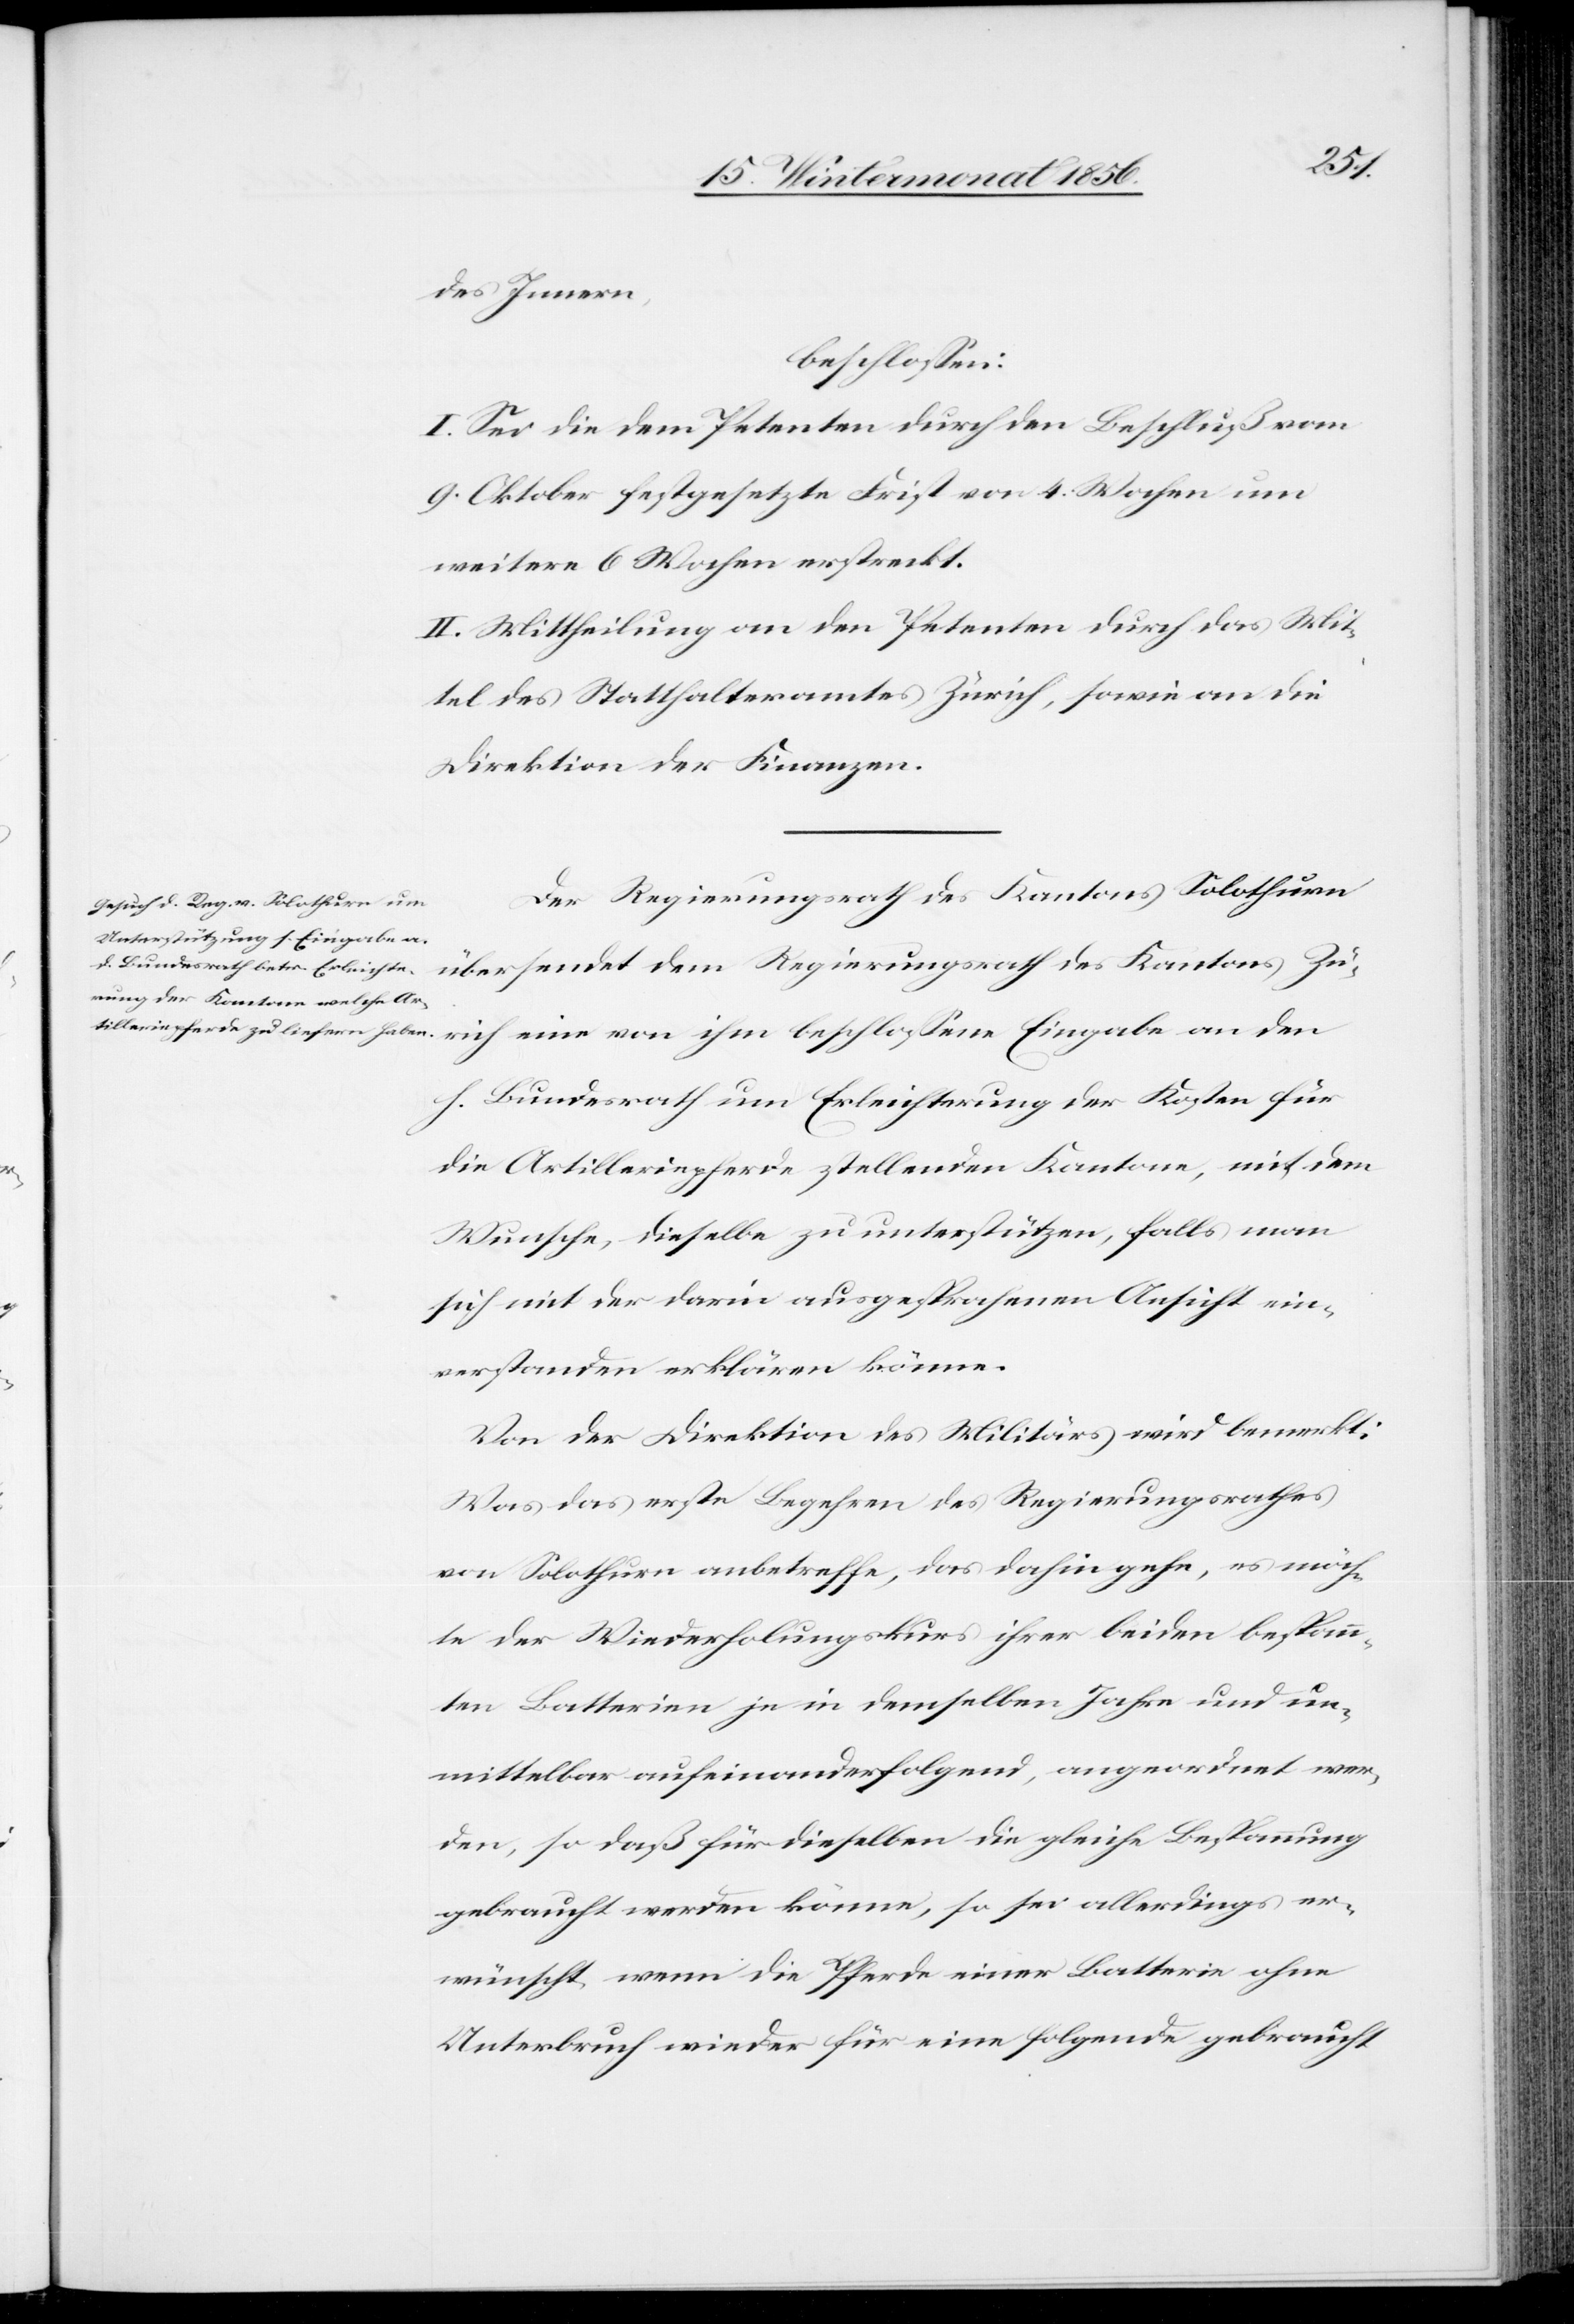
den
des Innern,
beschlossene
I. Sei die dem Petenten durch den Beschluß vom
9. Oktober festgesetzte Frist von 4. Wochen um
weitere 6 Wochen erstreckt.
II. Mittheilung an den Petenten durch das Mit¬
tel des Statthalteramtes Zürich, sowie an die
Direktion der Finanzen.
Der Regierungsrath des Kantons Solothurn
übersendet dem Regierungsrath des Kantons Zü¬
h. Bundesrath um Erleichterung der Kosten für
die Artilleriepferde stellenden Kantone, mit dem
Wunsche, dieselbe zu unterstützen, falls man
sich mit der darin ausgesprochenen Ansicht ein¬
verstanden erklären könne.
Von der Direktion des Militärs wird bemerkt:
Was das erste Begehren des Regierungsrathes
von Solothurn anbetreffe, das dahin gehe, es möch¬
te der Wiederholungskurs ihrer beiden bespann¬
ten Batterien je in demselben Jahre und un¬
mittelbar aufeinanderfolgend, angeordnet wer¬
den, so daß für dieselben die gleiche Bespannung
gebraucht werden könne, so sei allerdings er¬
wünscht wenn die Pferde einer Batterie ohne
Unterbruch wieder für eine folgende gebraucht